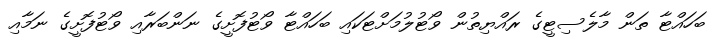
ބަހައްޓާ ތަން މާލެސިޓީގެ ރައްޔިތުން ވޯޓުލުމަށްޓަކައި ބަހައްޓާ ވޯޓުފޮށީގެ ނަންބަރާއި ވޯޓުފޮށީގެ ނަމާއި